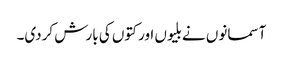
آسمانوں نے بلیوں اور کتوں کی بارش کردی۔